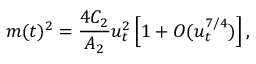
m ( t ) ^ { 2 } = { \frac { 4 C _ { 2 } } { A _ { 2 } } } u _ { t } ^ { 2 } \left[ 1 + O ( u _ { t } ^ { 7 / 4 } ) \right] ,